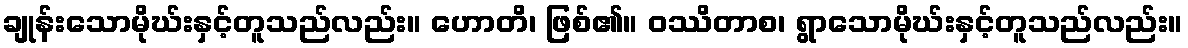
ချုန်းသောမိုဃ်းနှင့်တူသည်လည်း။ ဟောတိ၊ ဖြစ်၏။ ဝဿိတာစ၊ ရွာသောမိုဃ်းနှင့်တူသည်လည်း။